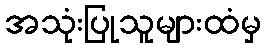
အသုံးပြုသူများထံမှ